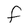
Character: F